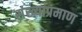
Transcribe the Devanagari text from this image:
संख्याप्रमाण